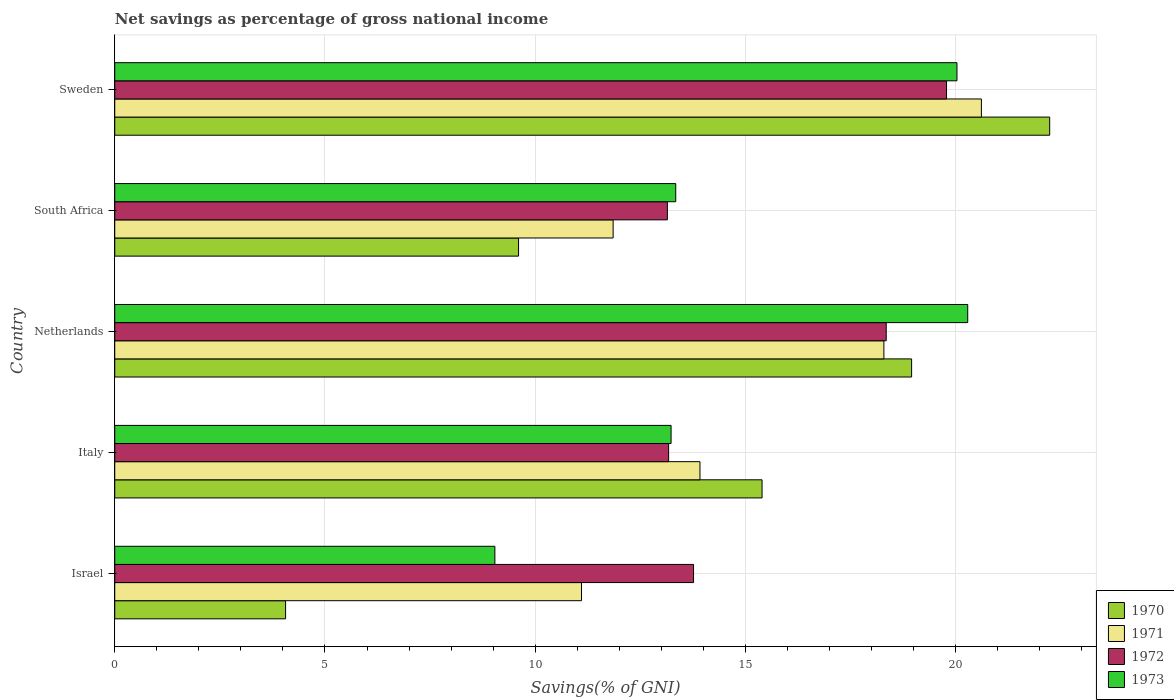
| Country | 1970 | 1971 | 1972 | 1973 |
 | --- | --- | --- | --- | --- |
 | Israel | 4.06 | 11.1 | 13.8 | 9.04 |
 | Italy | 15.4 | 13.9 | 13.2 | 13.2 |
 | Netherlands | 19 | 18.3 | 18.3 | 20.3 |
 | South Africa | 9.6 | 11.9 | 13.1 | 13.3 |
 | Sweden | 22.2 | 20.6 | 19.8 | 20 |